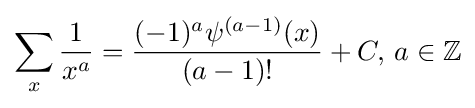
\sum _{x}{\frac {1}{x^{a}}}={\frac {(-1)^{a}\psi ^{(a-1)}(x)}{(a-1)!}}+C,\,a\in \mathbb {Z}